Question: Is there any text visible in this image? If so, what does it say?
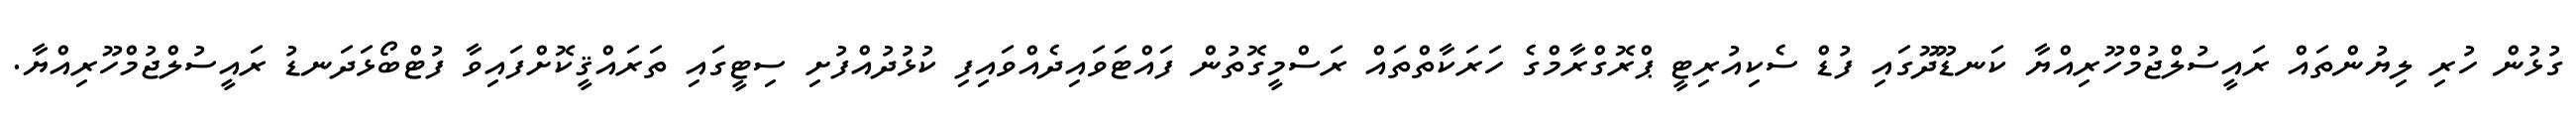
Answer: ގުޅުން ހުރި ލިޔުންތައް ރައީސުލްޖުމްހޫރިއްޔާ ކަނޑޫދޫގައި ފުޑް ސެކިއުރިޓީ ޕްރޮގްރާމްގެ ހަރަކާތްތައް ރަސްމީގޮތުން ފައްޓަވައިދެއްވައިފި ކުޅުދުއްފުށި ސިޓީގައި ތަރައްޤީކޮށްފައިވާ ފުޓްބޯޅަދަނޑު ރައީސުލްޖުމްހޫރިއްޔާ.